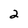
Character: 2